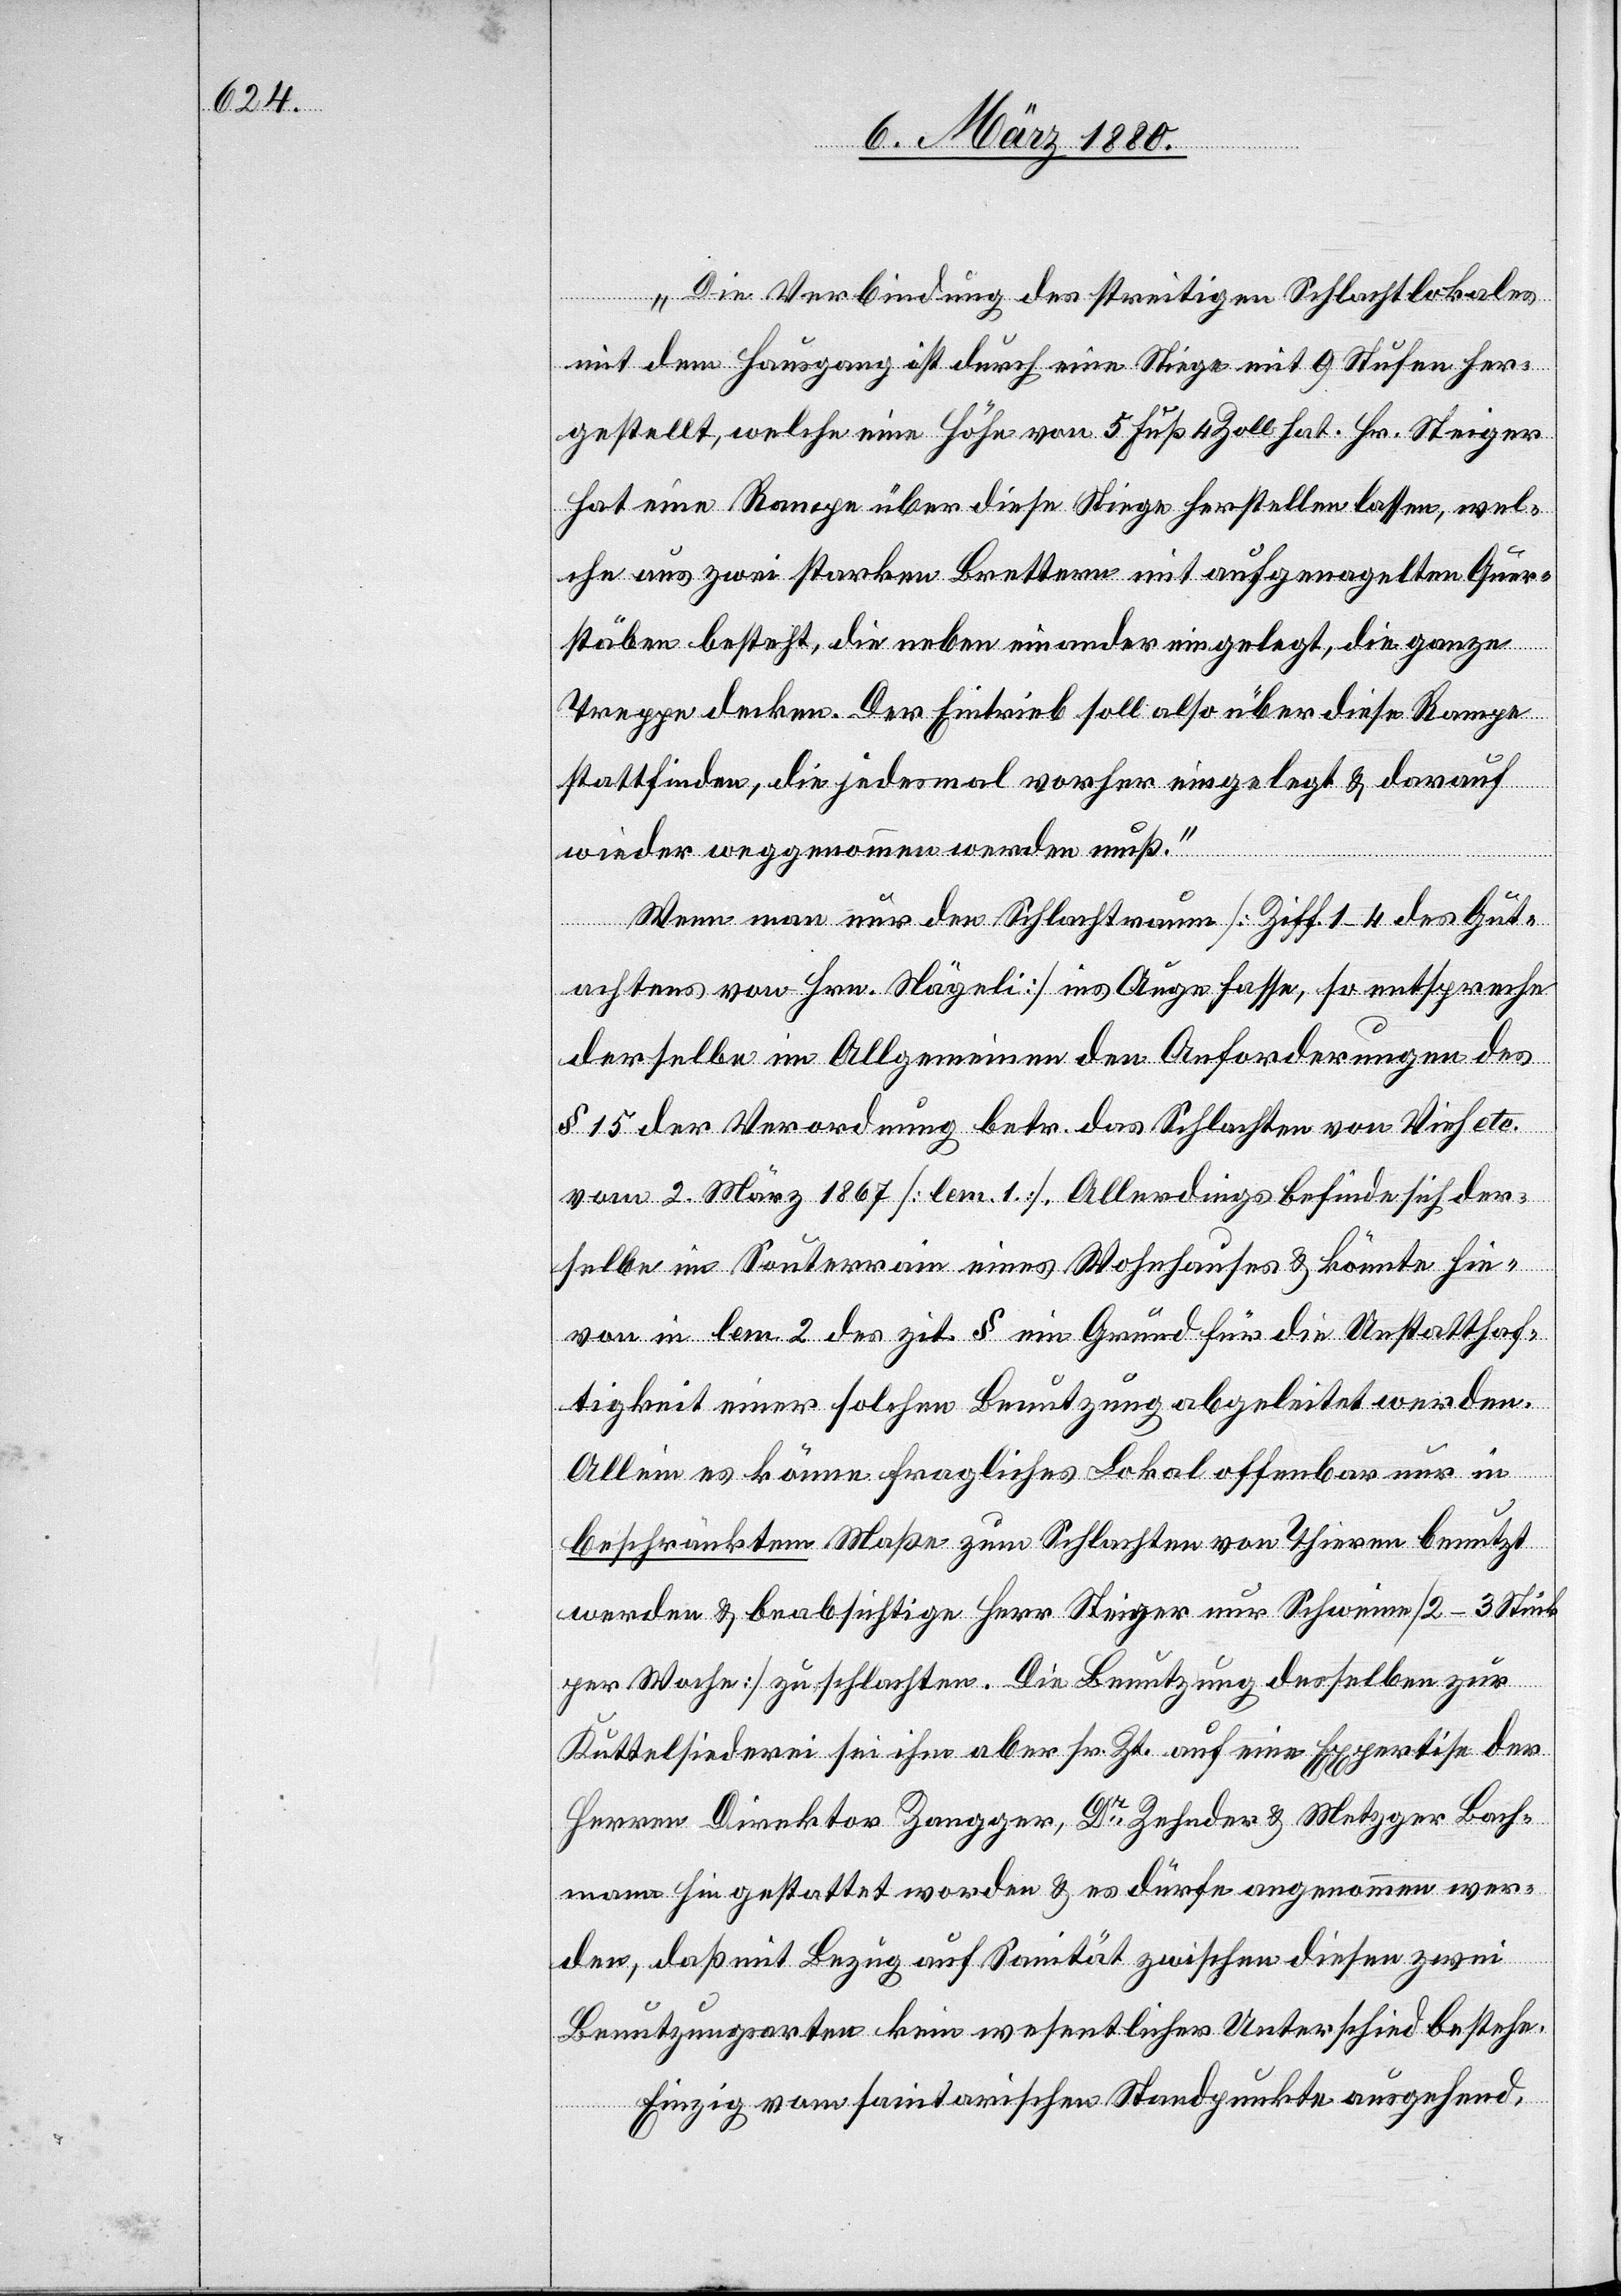
„Die Verbindung des streitigen Schlachtlokales
mit dem Hausgang ist durch eine Stiege mit 9 Stufen her¬
gestellt, welche eine Höhe von 5 Fuß 4 Zoll hat. Hr. Steiger
hat eine Rampe über diese Stiege herstellen lassen, wel¬
che aus zwei starken Brettern mit aufgenagelten Quer¬
stäben besteht, die neben einander eingelegt, die ganze
Treppe decken. Der Eintrieb soll also über diese Rampe
stattfinden, die jedesmal vorher eingelegt & darauf
wieder weggenommen werden muß.“
Wenn man nur den Schlachtraum [Ziff. 1–4 des Gut¬
achtens von Hrn. Nägeli] ins Auge fasse, so entspreche
derselbe im Allgemeinen den Anforderungen des
§ 15 der Verordnung betr. das Schlechten von Vieh etc.
vom 2. März 1867 [lem. 1]. Allerdings befinde sich der¬
selbe im Souterrain eines Wohnhauses & könnte hie¬
von in lem. 2 des zit. § ein Grund für die Unstatthaf¬
tigkeit einer solchen Benutzung abgeleitet werden.
Allein es könne fragliches Lokal offenbar nur in
beschränktem Maße zum Schlachten von Thieren benutzt
werden & beabsichtige Herr Steiger nur Schweine [2–3 Stück
per Woche] zu schlachten. Die Benutzung desselben zur
Kuttelsiederei sei ihm aber sr. Zt. auf eine Expertise des
Herren Direktor Zangger, Dr Zehnder & Metzger Bach¬
mann hin gestattet worden & es dürfe angenommen wer¬
den, daß mit Bezug auf Sanität zwischen diesen zwei
Benutzungen kein wesentlicher Unterschied bestehe.
Einzig vom sanitarischen Standpunkte ausgehend,